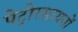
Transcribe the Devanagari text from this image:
पेट्रोरसायनों